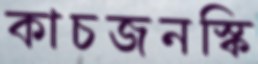
কাচজনস্কি